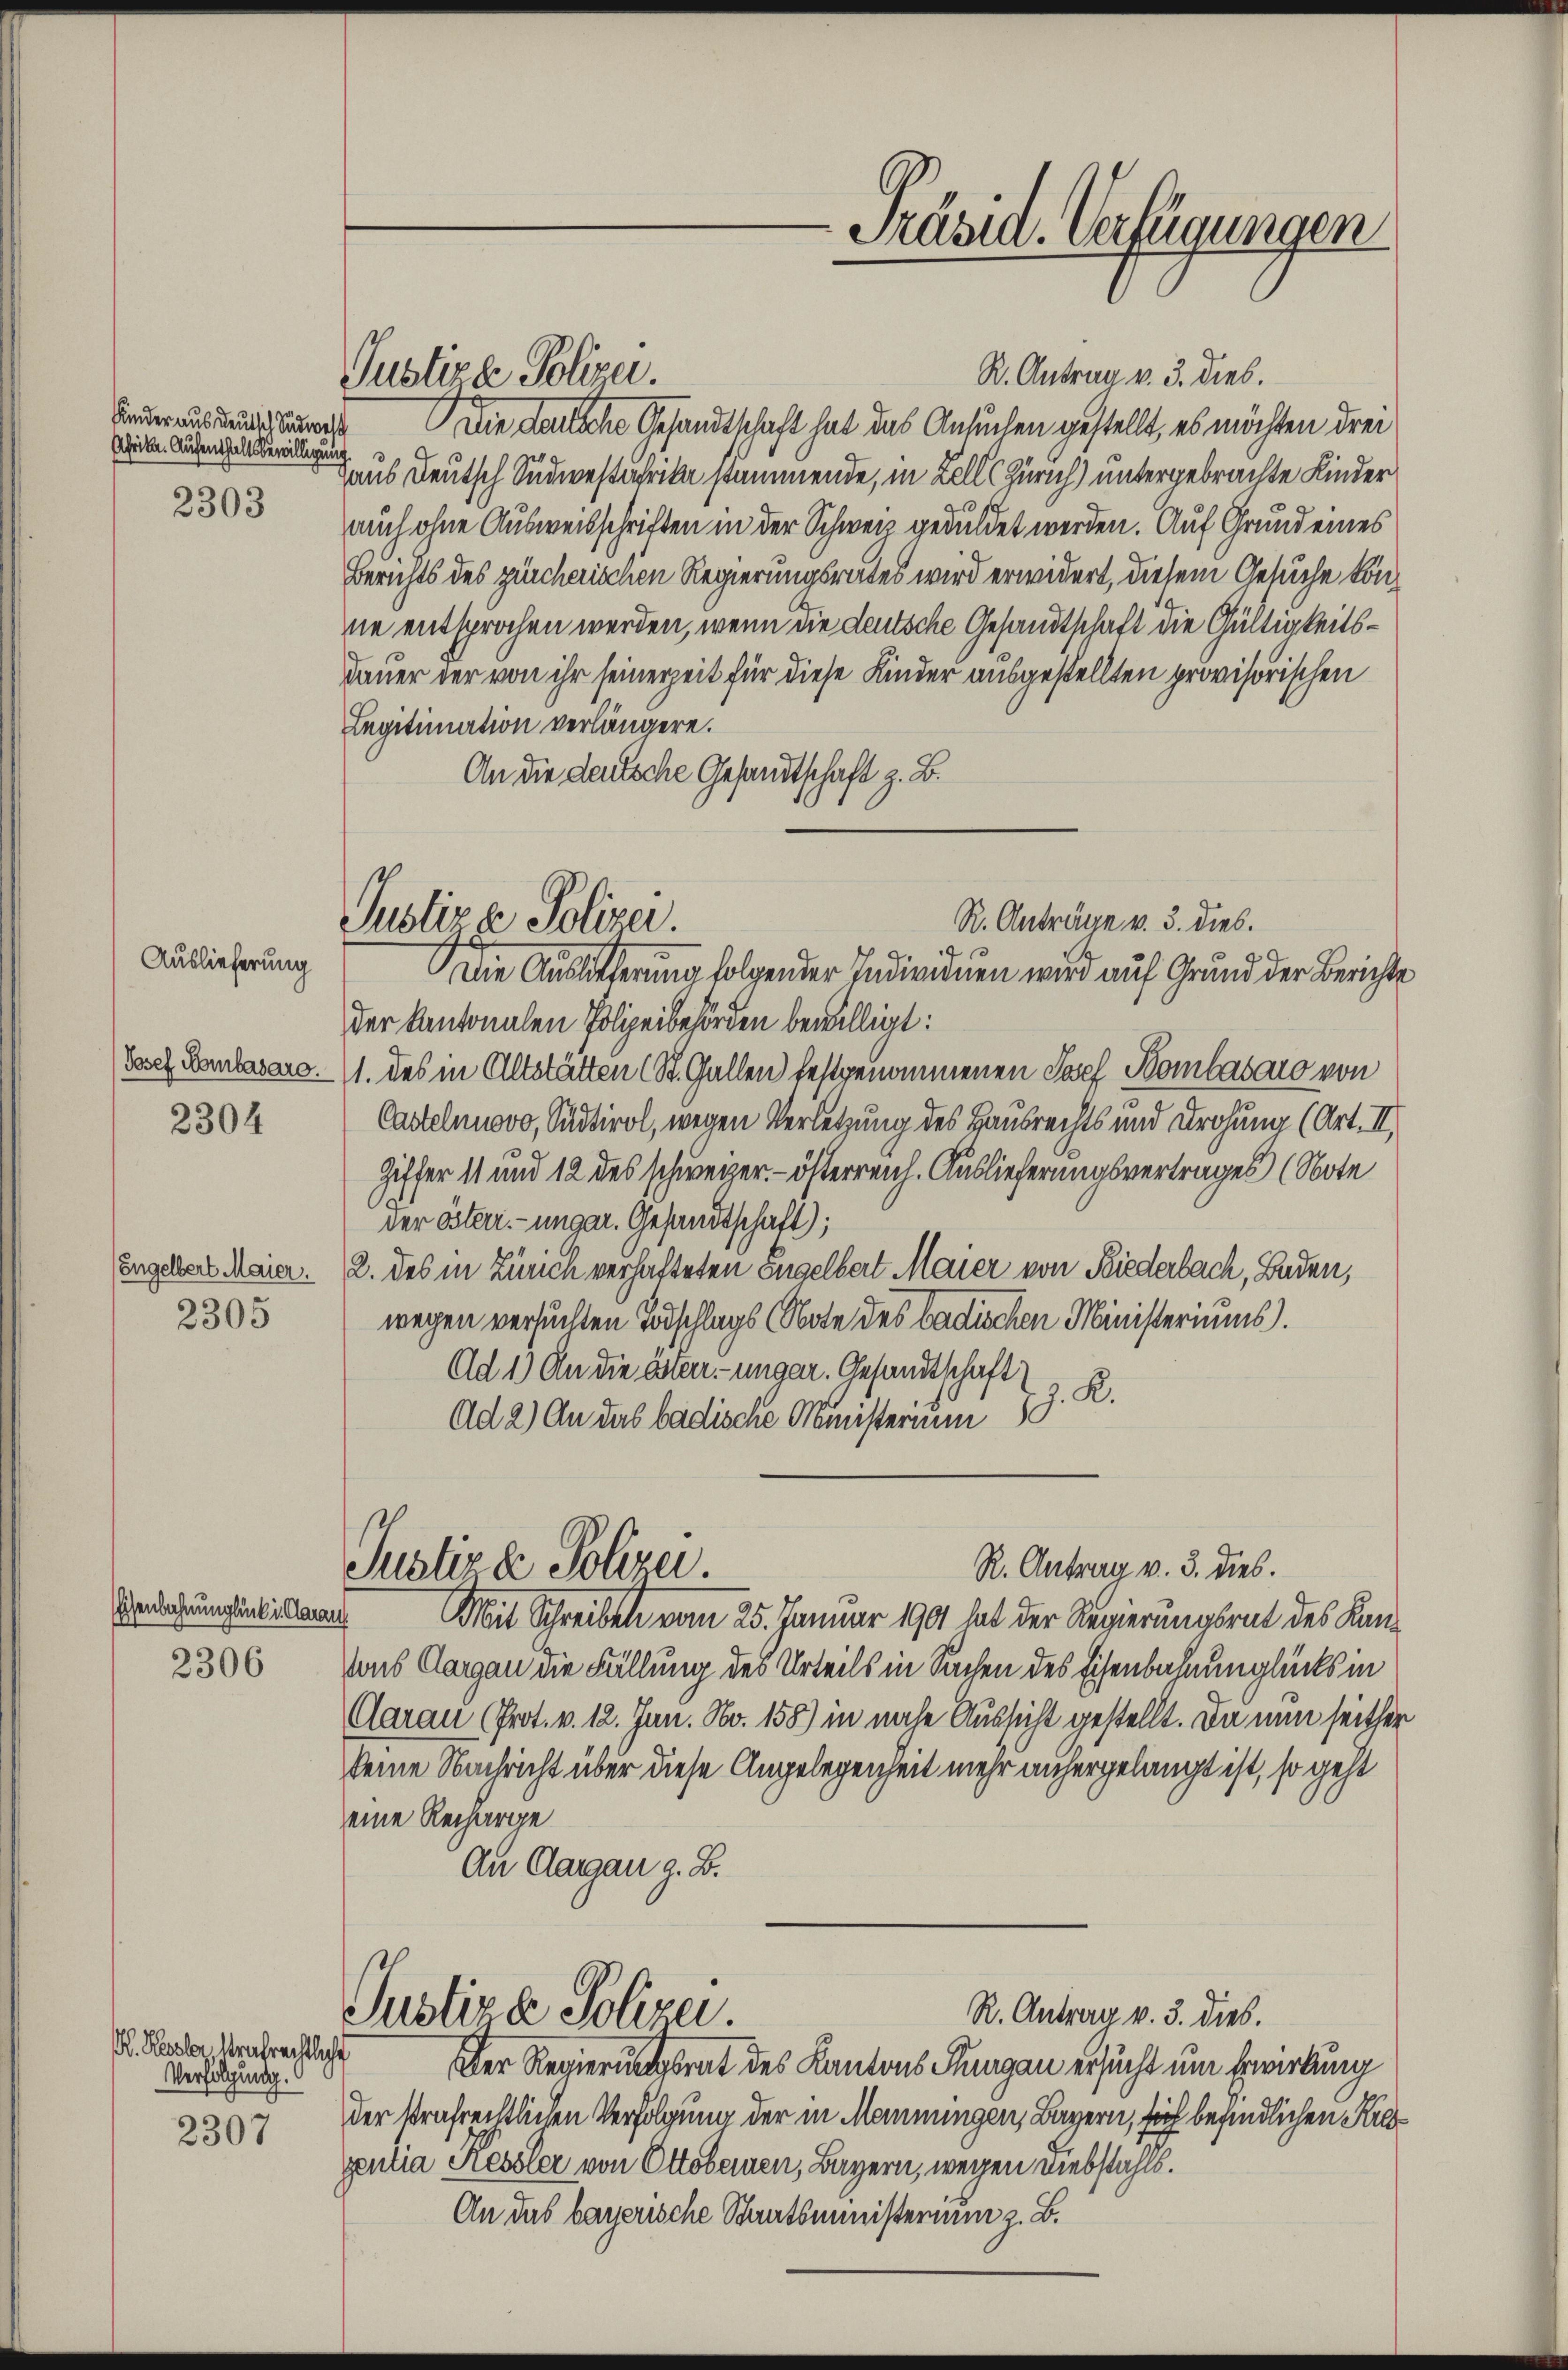
Präsid. Verfügungen

Justizke Polizei.

R. Antrag v. 3. dies.
Die Fallene Gesandtschaft hat das Ansuchen gestellt, es möchten drei
Laub Deutsch Südwestuhrika stammende, in Zell Zürich) untergebrachte Kinder
auch ohne Ausweisschriften in der Schweiz geduldet werden. Auf Grund eines
Berichts des zürcherischen Regierungsrates wird erwidert, diesem Gesuche konne entsprochen werden, wenn die deutsche Gesandtschaft die Gültigkeitsdauer der von ihr seinerzeit für diese Kinder ausgestellten provisorischen
Legitimation verlängere.
An die deutsche Gesandtschaft z. B.

Kinder aus deutsch Südwest
Afrika. Aufenthaltsbewilligung

2303

Justiz & Polizei.

R. Anträge v. 3. dies.

4
Die Auslicherung folgender Indivinen wird auf Grund der Berichte
der Kantonalen Polizeibehörden bewilligt:
Josef Kantasarg. 11. des in Altstätten (St. Gallen festgenommenen Josef Bombasaro von
Castelnnovo, Südtirol, wegen Verletzung des Hausrechts und Drohung (Art. II.
Giffer 11 und 12 des schweizer - österreich. Auslieferungsvertrages (Note
der Osterr.-ungar. Gesandtschaft);
2. des in Zürich verhafteten Engelbert Maier von Biederbach, Baden,
wegen versuchten Todschlags (Note des badischen Ministeriums.
Ad 1) An die österrunger. Gesandtschaft
z. R.
Ad 2) An das badische Ministerium

Auslieferung

2304

(Engelbert Maier.
2305

Justiz & Polizei.
R. Antrag v. 3. dies.

Eisenbahnunglück in Clarau

Mit Schreiben vom 25. Januar 1901 hat der Regierungsrat des Kan¬
Aus Aargau die Fällung des Urteils in Sachen des Eisenbahnunglücks in
Aarau (Prot. v. 12. Jun. No. 158) in nache Aussicht gestellt. Da nun seither
keine Nachricht über diese Angelegenheit mehr anhergelangt ist, so geht
eine Recharge
An Aargau z. B.
Justiz & Polizei.
R. Antrag v. 3. dies.
Der Regierungsrat des Kantons Thurgau ersucht um Erwirkung
der strafrechtlichen Verfolgung der in Mannungen, Bayern, sich befindlichen Kiespentia Nessler von Ottobernen, Bayern, wegen Diebstahls.
An das bayerische Staatsministerium z. B.

2306

. Kanzler Strafrechtliche
Verfolgung.
2307